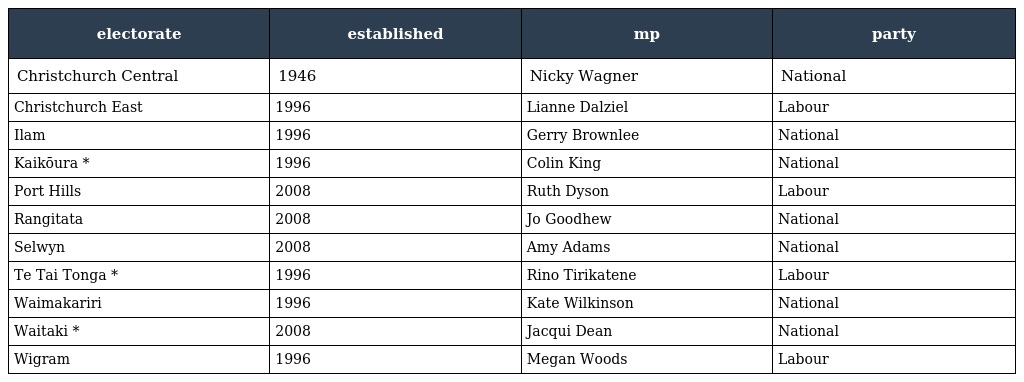
| electorate | established | mp | party |
 | --- | --- | --- | --- |
 | Christchurch Central | 1946 | Nicky Wagner | National |
 | Christchurch East | 1996 | Lianne Dalziel | Labour |
 | Ilam | 1996 | Gerry Brownlee | National |
 | Kaikōura * | 1996 | Colin King | National |
 | Port Hills | 2008 | Ruth Dyson | Labour |
 | Rangitata | 2008 | Jo Goodhew | National |
 | Selwyn | 2008 | Amy Adams | National |
 | Te Tai Tonga * | 1996 | Rino Tirikatene | Labour |
 | Waimakariri | 1996 | Kate Wilkinson | National |
 | Waitaki * | 2008 | Jacqui Dean | National |
 | Wigram | 1996 | Megan Woods | Labour |